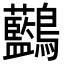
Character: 𪈭